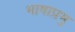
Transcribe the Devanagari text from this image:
भाषाप्रभु